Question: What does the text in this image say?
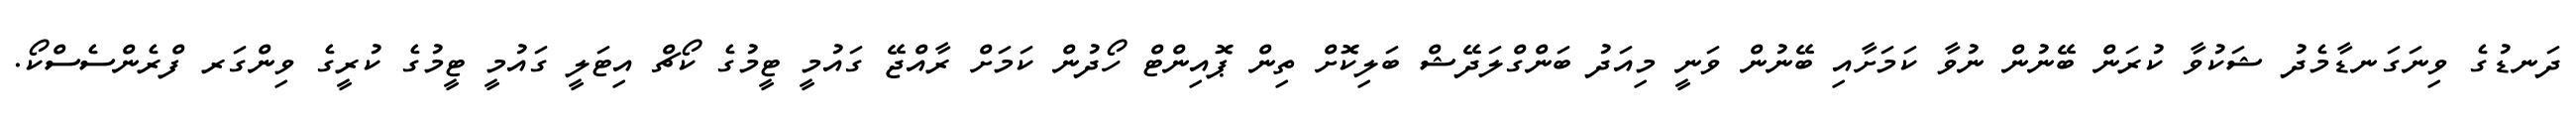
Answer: ދަނޑުގެ ވިނަގަނޑާމެދު ޝަކުވާ ކުރަން ބޭނުން ނުވާ ކަމަށާއި ބޭނުން ވަނީ މިއަދު ބަންގްލަދޭޝް ބަލިކޮށް ތިން ޕޮއިންޓް ހޯދުން ކަމަށް ރާއްޖޭ ގައުމީ ޓީމުގެ ކޯޗް އިޓަލީ ގައުމީ ޓީމުގެ ކުރީގެ ވިންގަރ ފްރެންސެސްކޯ.